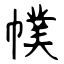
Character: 幞